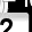
Digit: 2